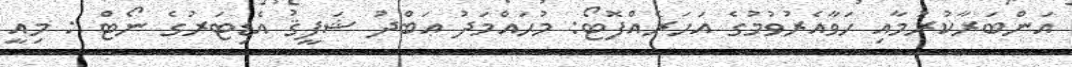
އަންބަރާކުރުމާއި ހަވާއެރުވުމުގެ އަހަރެއްފޮޓޯ: މުޙައްމަދު ޢަބްދު ޝަފީޤު އެޑިޓަރުގެ ނޯޓް : މިއީ